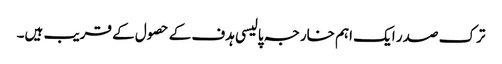
ترک صدر ایک اہم خارجہ پالیسی ہدف کے حصول کے قریب ہیں۔